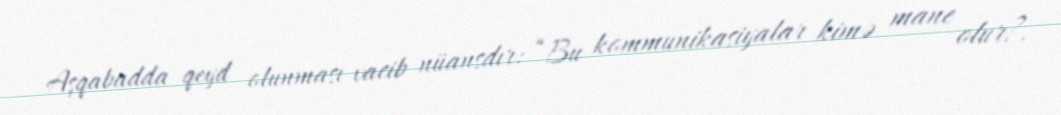
Aşqabadda qeyd olunması vacib nüansdır: “Bu kommunikasiyalar kimə mane olur?.